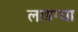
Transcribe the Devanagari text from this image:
लाडग्या